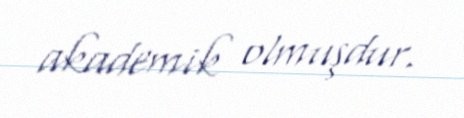
akademik olmuşdur.